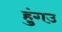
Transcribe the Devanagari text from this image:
हुंगउ